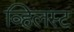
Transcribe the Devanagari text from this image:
व्हिलस्ट